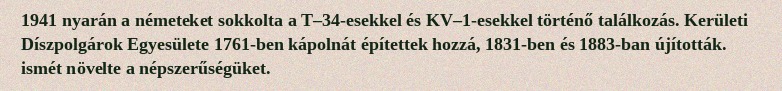
1941 nyarán a németeket sokkolta a T–34-esekkel és KV–1-esekkel történő találkozás. Kerületi Díszpolgárok Egyesülete 1761-ben kápolnát építettek hozzá, 1831-ben és 1883-ban újították. ismét növelte a népszerűségüket.